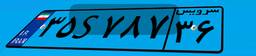
۱۱S۵۱۶۱۲